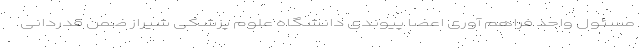
مسئول واحد فراهم آوری اعضا پیوندی دانشگاه علوم پزشکی شیراز ضمن قدردانی